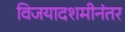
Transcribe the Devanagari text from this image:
विजयादशमीनंतर